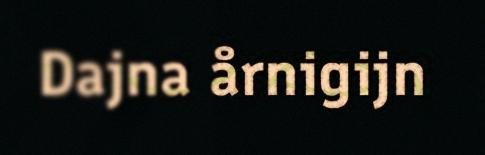
Dajna årnigijn